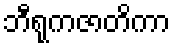
ဘီရုကဇာတိကာ